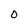
Character: 0